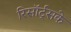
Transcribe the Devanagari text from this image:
रिसॉर्ट्सके